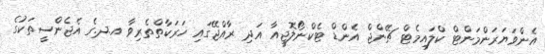
އެންވަޔަރަންމަންޓް ކްލައިމެޓް ޗޭންޖް އެންޑް ޓެކްނޯލޮޖީއާ އަދި ރާއްޖޭގައި ހަރަކާތްތެރިވާ އ.ދ.ގެ އެޖެންސީތަކުގެ